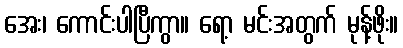
အေး၊ ကောင်းပါပြီကွာ။ ရော့ မင်းအတွက် မုန့်ဖိုး။